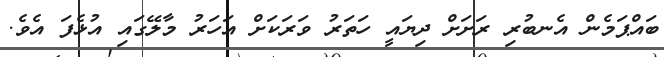
ބައްޕަމެން އެނބުރި ރަށަށް ދިޔައީ ހަތަރު ވަރަކަށް އަހަރު މާލޭގައި އުޅެފަ އެވެ.